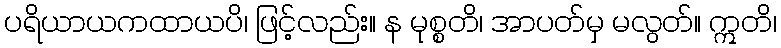
ပရိယာယကထာယပိ၊ ဖြင့်လည်း။ န မုစ္စတိ၊ အာပတ်မှ မလွတ်။ ဣတိ၊